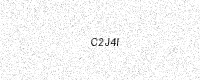
Text: C2J4I